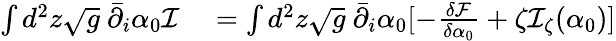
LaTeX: \begin{array}{rl}{\int d^{2}z\sqrt{g}\ \bar{\partial}_{i}\alpha_{0}\mathcal I}&{{}=\int d^{2}z\sqrt{g}\ \bar{\partial}_{i}\alpha_{0}[-\frac{\delta{\mathcal F}}{\delta\alpha_{0}}+\zeta\mathcal I_{\zeta}(\alpha_{0})]}\end{array}